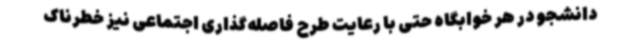
دانشجو در هر خوابگاه حتی با رعایت طرح فاصله‌گذاری اجتماعی نیز خطرناک